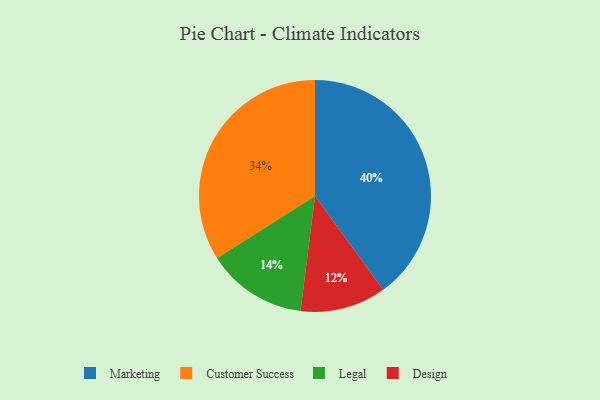
{"axis": {"x": "Category", "y": "Percentage"}, "legend": ["Customer Success", "Design", "Legal", "Marketing"], "data": [{"x": "Customer Success", "y": 34, "type": "Customer Success"}, {"x": "Design", "y": 12, "type": "Design"}, {"x": "Legal", "y": 14, "type": "Legal"}, {"x": "Marketing", "y": 40, "type": "Marketing"}]}